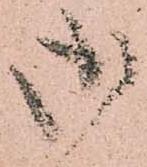
御